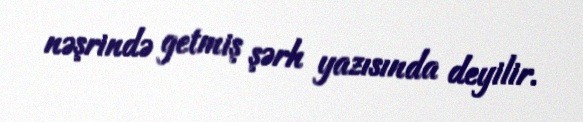
nəşrində getmiş şərh yazısında deyilir.